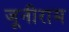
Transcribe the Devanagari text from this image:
जूनीराम